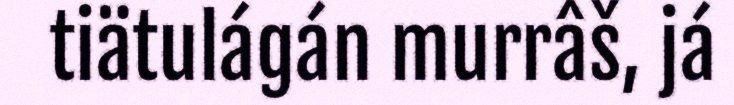
tiätulágán murrâš, já